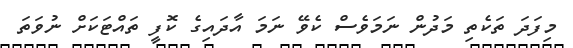
މިފަދަ ތަކެތި މަދުން ނަމަވެސް ކެވޭ ނަމަ އާދައިގެ ކޮފީ ތައްޓަކަށް ނުވަތަ